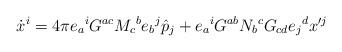
LaTeX: \begin{align*}\dot{x}^i = 4\pi e_a{}^i G^{ac}M_c{}^b e_b{}^j \hat{p}_j + e_a{}^i G^{ab}N_b{}^c G_{cd} e_j{}^d x'^j\end{align*}